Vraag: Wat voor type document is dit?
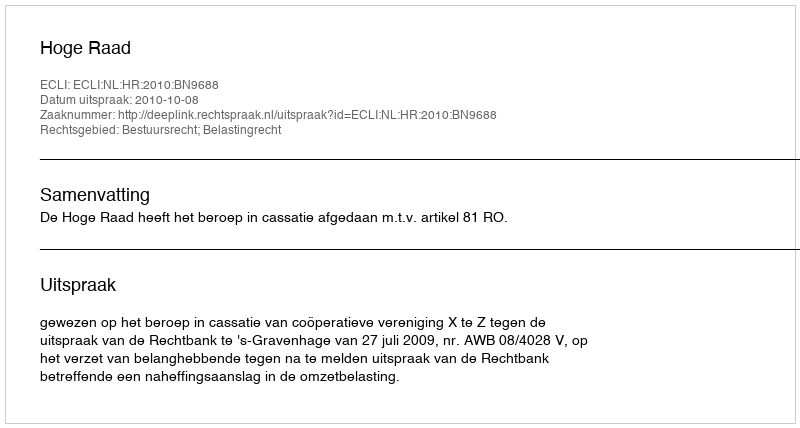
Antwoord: Uitspraak